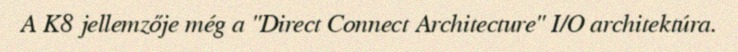
A K8 jellemzője még a "Direct Connect Architecture" I/O architektúra.